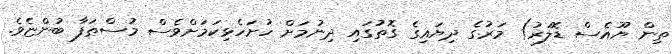
ތިން ޔޫއެސް ޑޮލަރު) މަރުގެ ދިޔައިގެ ގޮތުގައި ދިނުމަށް ހުށަހެޅިކަމަށްވެސް މުސްޠަފާ ބުންޏެވެ.